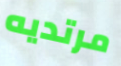
مرتديه